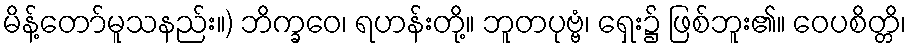
မိန့်တော်မူသနည်း။) ဘိက္ခဝေ၊ ရဟန်းတို့။ ဘူတပုဗ္ဗံ၊ ရှေး၌ ဖြစ်ဘူး၏။ ဝေပစိတ္တိ၊